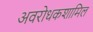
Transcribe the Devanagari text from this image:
अवरोधकशामिल